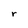
Character: r